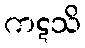
ကဋသိ